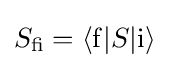
S_{\rm {fi}}=\langle \mathrm {f} |S|\mathrm {i} \rangle \;